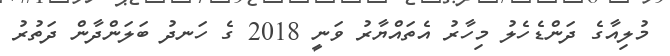
މުލިއާގެ ދަންޑެހެލު މިހާރު އެތައްޔާރު ވަނީ 2018 ގެ ހަނދު ބަލަންދާން ދަތުރު